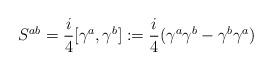
LaTeX: \begin{align*}S^{ab} = \frac{i}{4} [\gamma^a, \gamma^b ] := \frac{i}{4} (\gamma^a \gamma^b - \gamma^b \gamma^a)\end{align*}